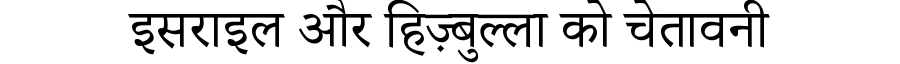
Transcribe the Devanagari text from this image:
इसराइल और हिज़्बुल्ला को चेतावनी